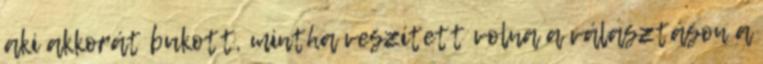
aki akkorát bukott, mintha veszített volna a választáson a